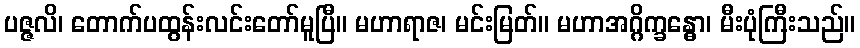
ပဇ္ဇလိ၊ တောက်ပထွန်းလင်းတော်မူပြီ။ မဟာရာဇ၊ မင်းမြတ်။ မဟာအဂ္ဂိက္ခန္ဓော၊ မီးပုံကြီးသည်။